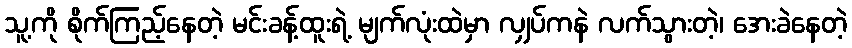
သူ့ကို စိုက်ကြည့်နေတဲ့ မင်းခန့်ထူးရဲ့ မျက်လုံးထဲမှာ လျှပ်ကနဲ လက်သွားတဲ့၊ အေးခဲနေတဲ့